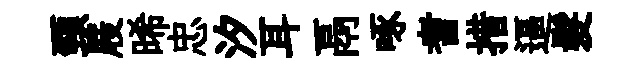
頸屐晞忠汐耳鬲啄耆措逼髮